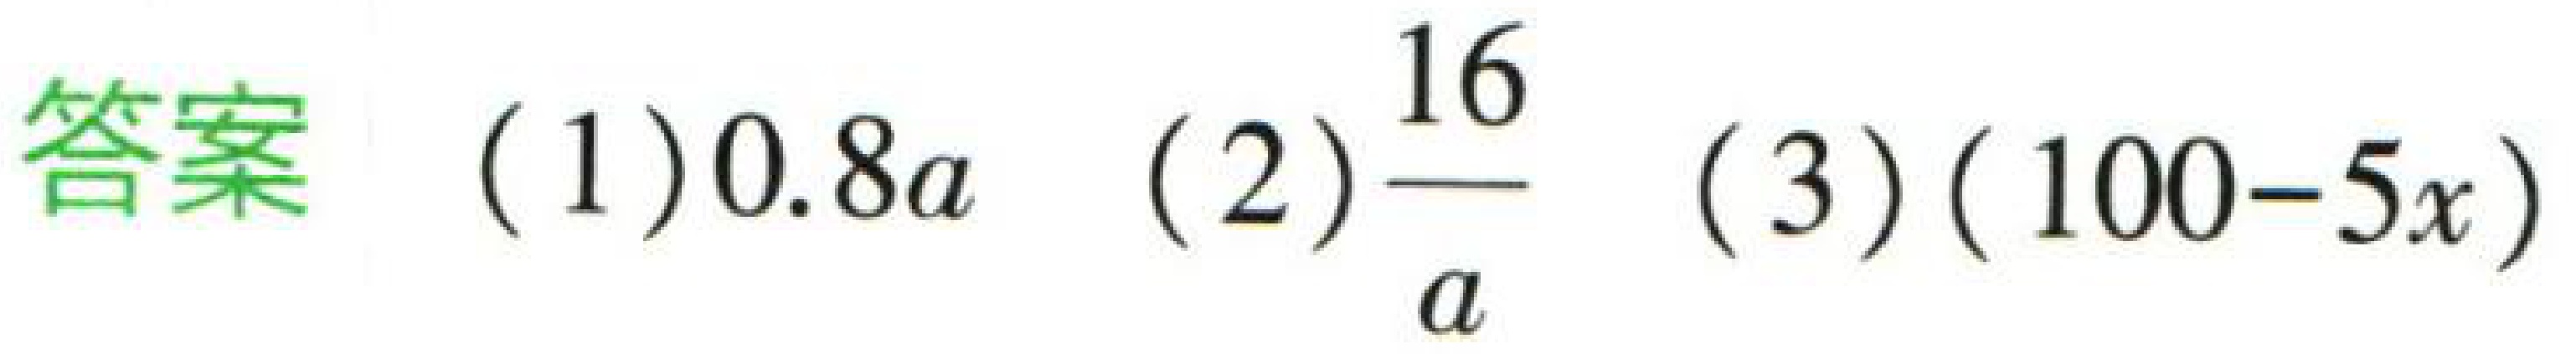
答案

(1) \(0.8a\)

(2) \(\frac{16}{a}\)

(3) \((100 - 5x)\)